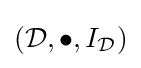
({\mathcal {D}},\bullet ,I_{\mathcal {D}})